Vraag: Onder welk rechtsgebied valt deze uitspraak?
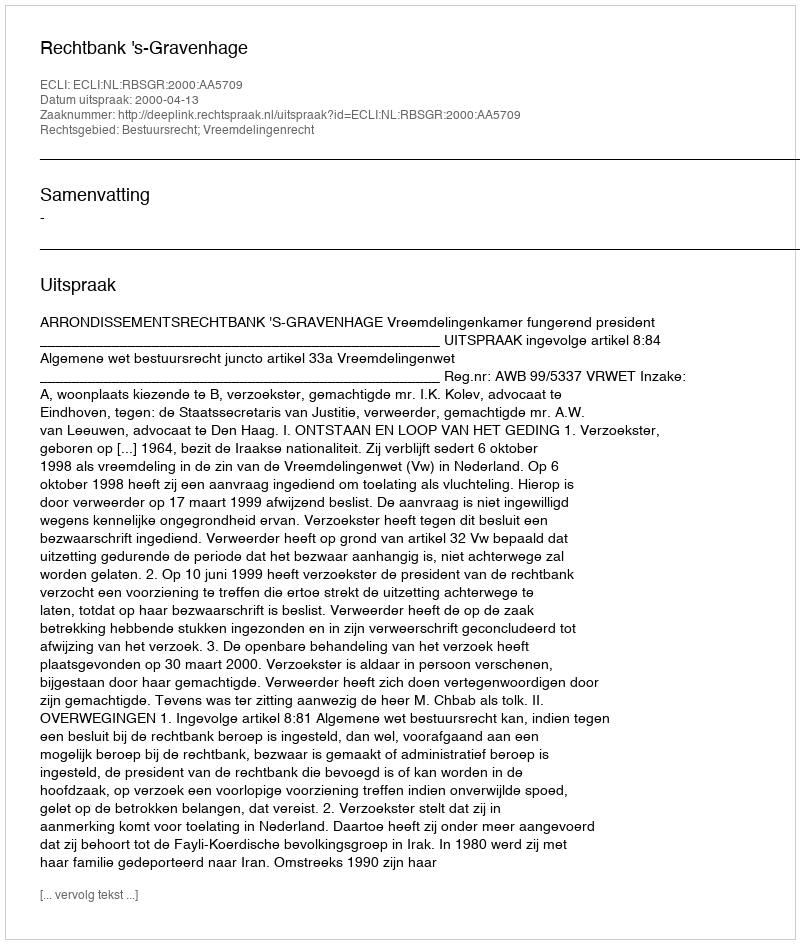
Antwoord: Bestuursrecht; Vreemdelingenrecht